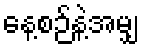
နေ့စဉ်နဲ့အမျှ